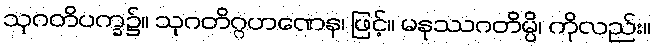
သုဂတိပက္ခ၌။ သုဂတိဂ္ဂဟဏေန၊ ဖြင့်။ မနုဿဂတိမ္ပိ၊ ကိုလည်း။